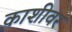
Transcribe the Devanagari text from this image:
काशीवर